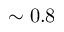
\sim 0 . 8